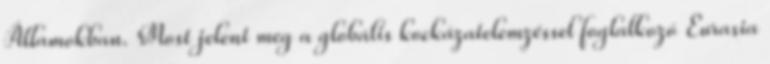
Államokban. Most jelent meg a globális kockázatelemzéssel foglalkozó Eurasia